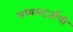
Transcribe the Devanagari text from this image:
मध्यमदर्जाची